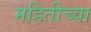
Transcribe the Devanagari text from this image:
महितीच्या